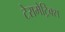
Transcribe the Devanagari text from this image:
टेरामेट्रिक्स